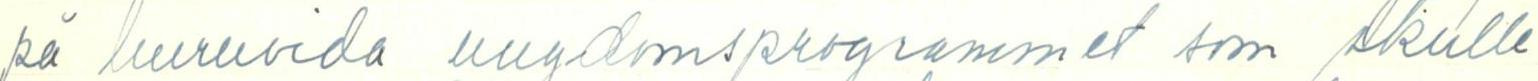
på huruvida ungdomsprogrammet som skulle